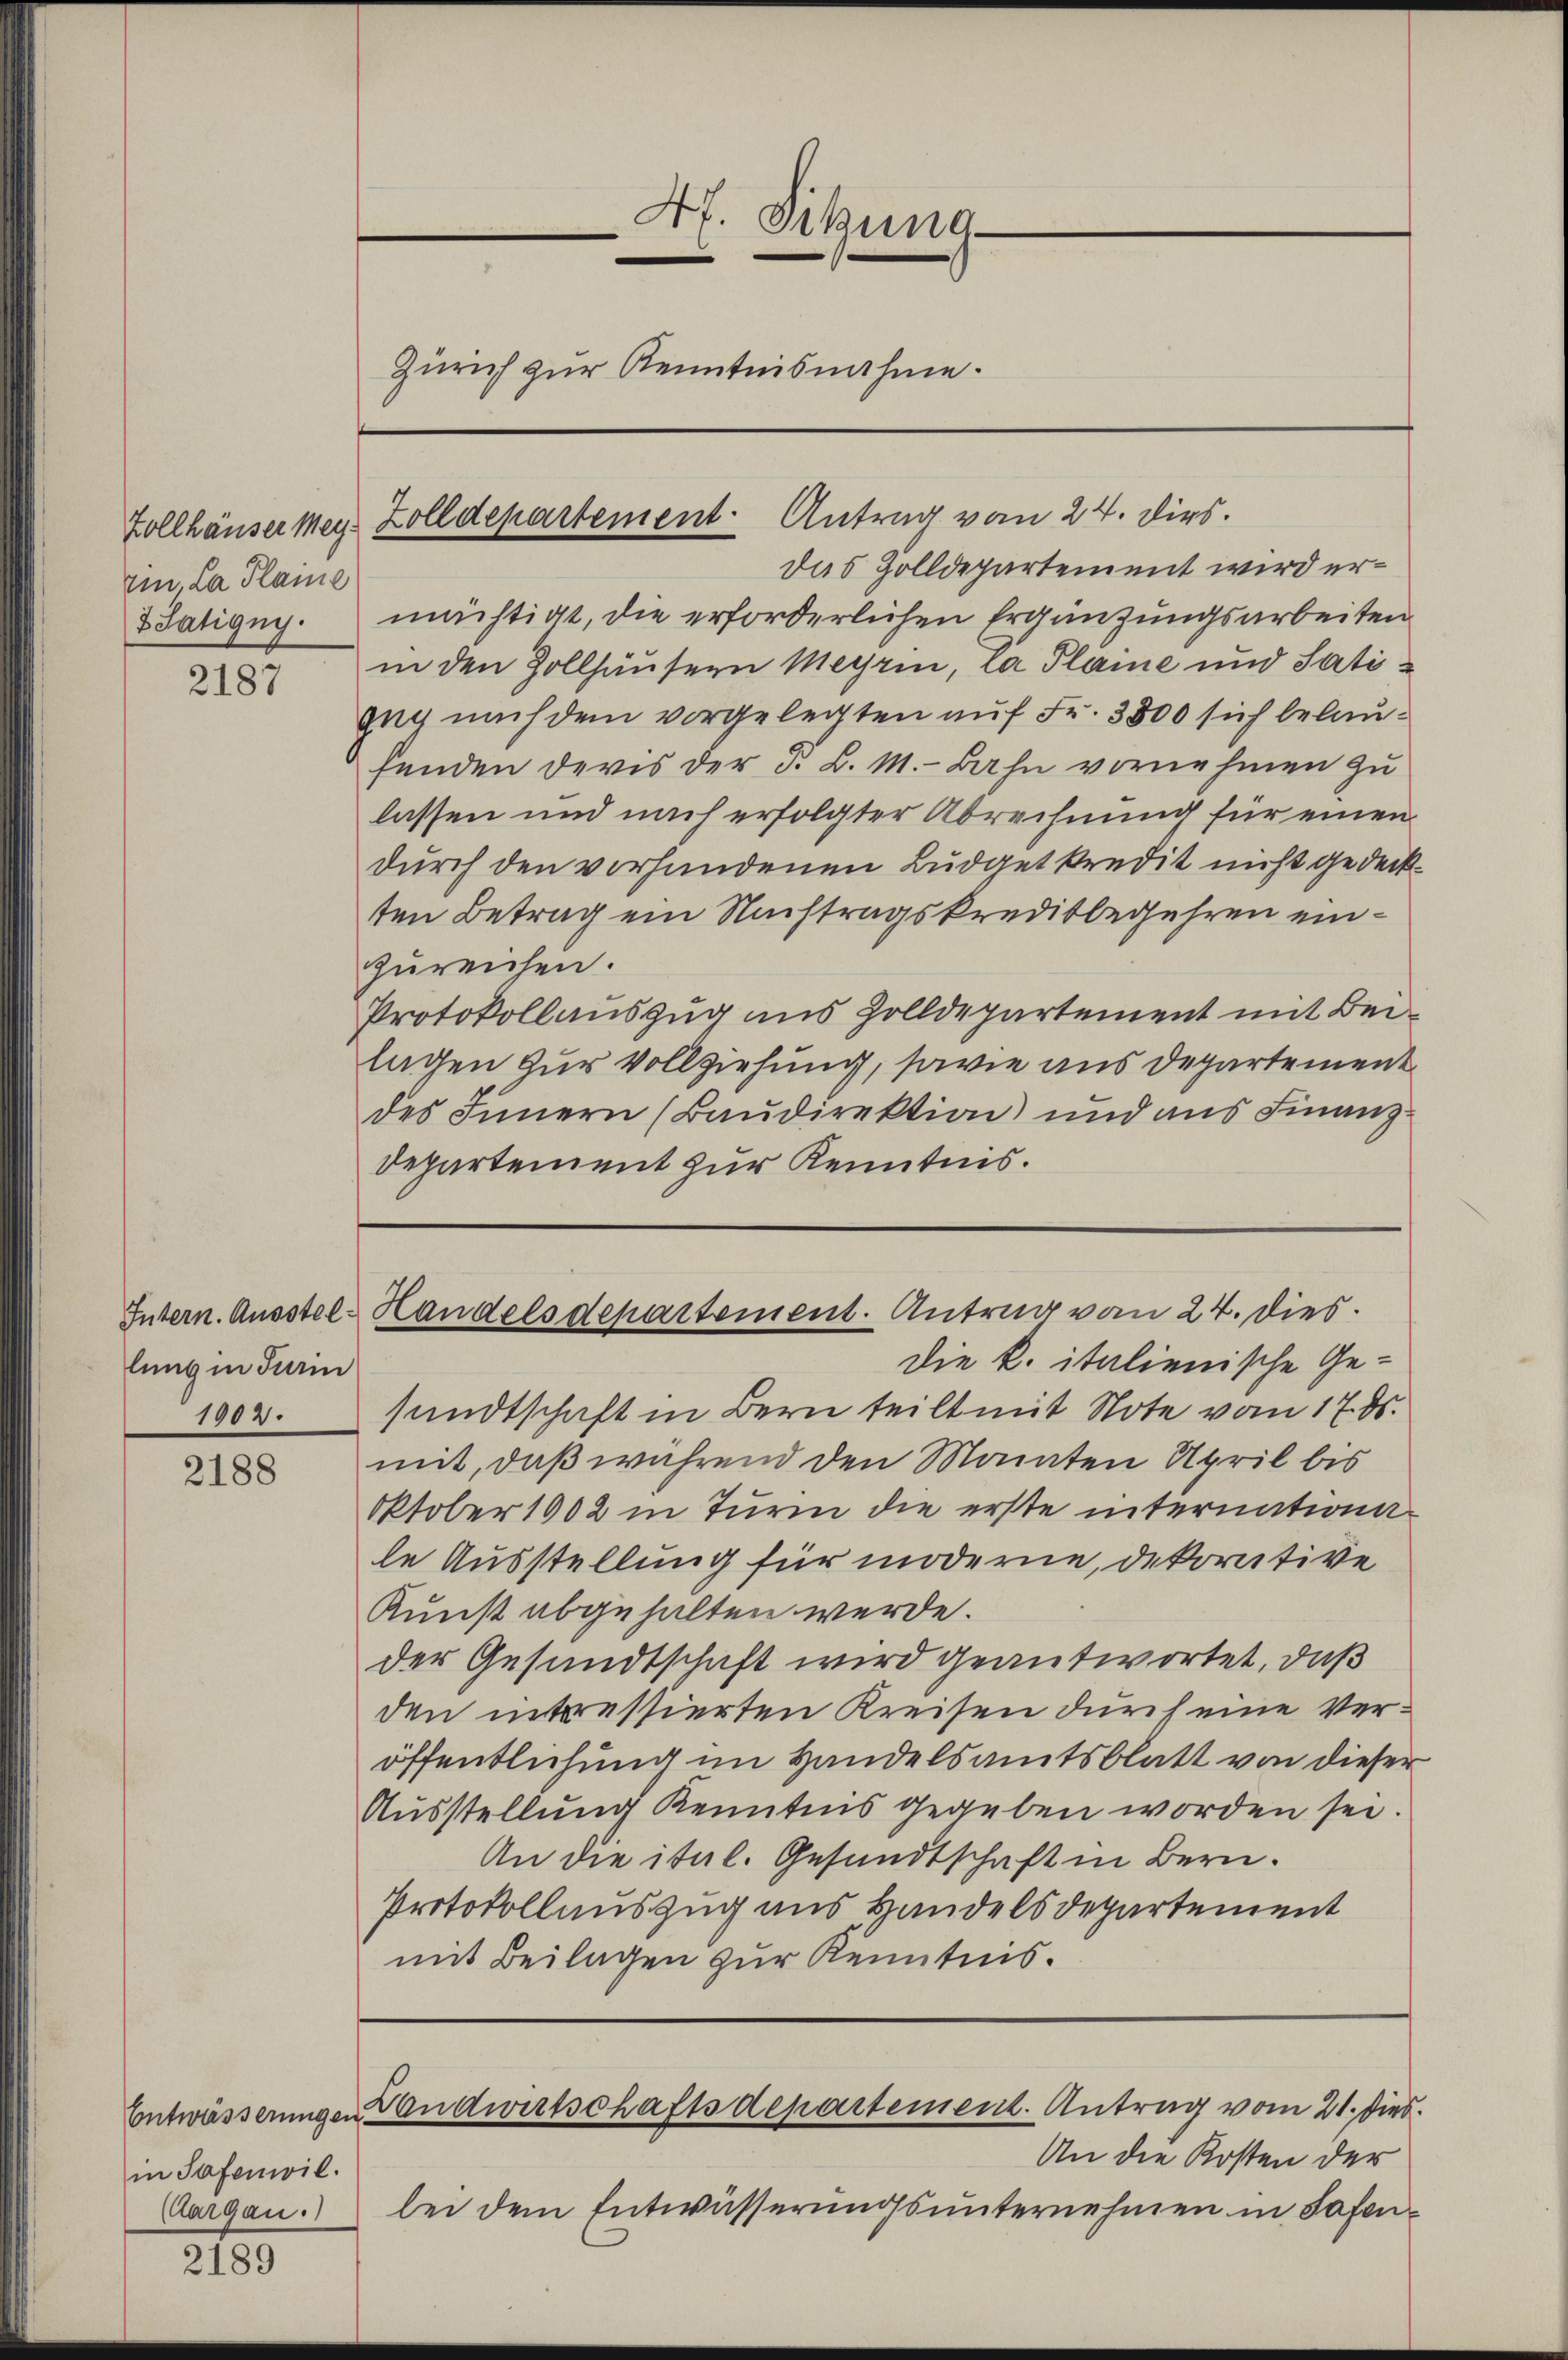
Ein, La Plane
Satigny.

2187

lung in Turin
1902.

2188

in Safenwil
(Aargau.

2189

Af. Sitzung
Zürich zur Kenntnisnahme.

das Zolldepartement wird ermächtigt, die erforderlichen Ergänzungsarbeiten
in den Zollhäusern Meyrin, La Plaine und Satigug nach dem vorgelegten auf Fr. 3800 sich belaufenden ders der d. B. 1.- Bahn vornehmen zu
lassen und nach erfolgter Abrechnung für einen
durch den vorhandenen Budgetkredit nicht gedeckten Betrag ein Nachtragskreditbegehren einzureichen.
Protokollauszug aus Zolldepartement mit Beilagen zur Vollziehung, sowie aus Departement
des Innern (Baudirektion) und aus Finanz-
Departement zur Kenntnis.

Zollhäuser Mey Zolldepartement- Antrag vom 24. Dirs.

Intern. Ausstel-Handelsdepartement. Antrag vom 24. dies

Die k. italienische Ge-
sundtschaft in Bern teilt mit Note vom 17. ds.
mit, daß während den Mainten April bis
Oktober 1902 in Turm die erste internationale Ausstellung für moderne, dekorative
Kunst abgehalten werde.
der Gesandtschaft wird geantwortet, daß
den interessierten Kreisen durch eine Veröffentlichung im Handelsamtsblatt von dieser
Aŭsstellŭng Kenntnis gegeben worden sei.
An die ital. Gesandtschaft in Bern.
Protokollauszug aus Handels Departement
mit Beilagen zur Kenntnis.
Entwässerungen Handwirtschaftsdepartement. Antrag vom 21. dies
An die Kosten der
bei dem Entwässerungsunternehmen in Safen¬